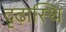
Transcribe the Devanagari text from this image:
दृढ़ास्थि